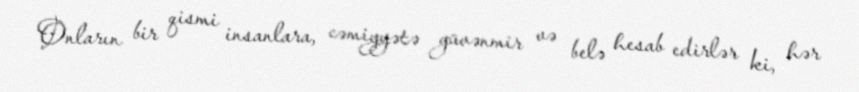
Onların bir qismi insanlara, cəmiyyətə güvənmir və belə hesab edirlər ki, hər